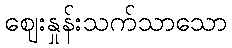
ဈေးနှုန်းသက်သာသော